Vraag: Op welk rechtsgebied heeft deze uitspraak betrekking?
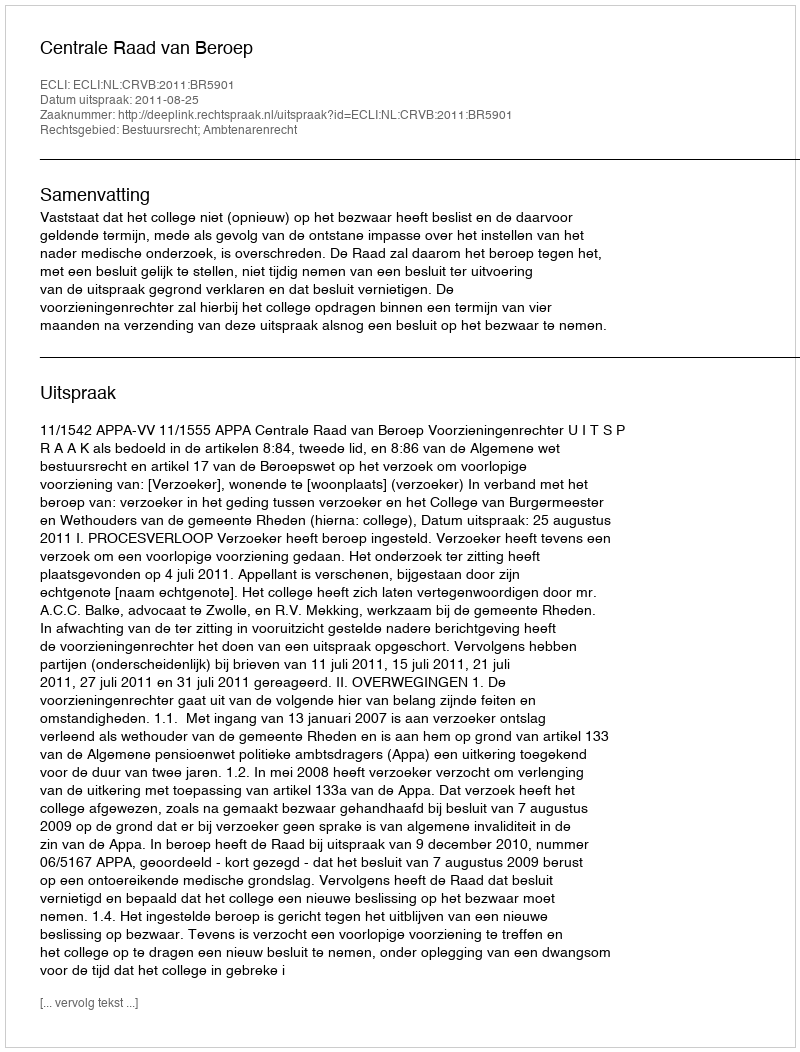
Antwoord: Bestuursrecht; Ambtenarenrecht